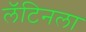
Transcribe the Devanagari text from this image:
लॅटिनला